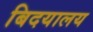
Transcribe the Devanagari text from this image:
बिदयालय